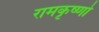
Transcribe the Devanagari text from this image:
रामकृष्णो